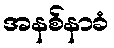
အနစ်နာခံ